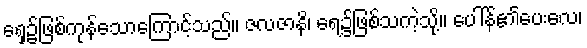
ရှေ့၌ဖြစ်ကုန်သောကြောင့်သည်။ ဇလဇာနိ၊ ရေ၌ဖြစ်သကဲ့သို့။ ပေါ်န်၏ပေးလေ၊